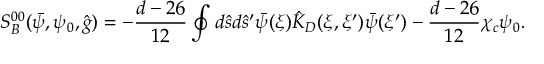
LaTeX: { S _ { B } ^ { 0 0 } } ( \bar { \psi } , { \psi _ { 0 } } , \hat { g } ) = - { \frac { d - 2 6 } { 1 2 } } \oint { d } \hat { s } d { \hat { s } ^ { \prime } } \bar { \psi } ( \xi ) { \hat { K } _ { D } } ( \xi , \xi ^ { \prime } ) \bar { \psi } ( \xi ^ { \prime } ) - { \frac { d - 2 6 } { 1 2 } } { \chi _ { c } } { \psi _ { 0 } } .